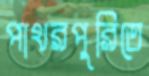
পাথরপুরিতে